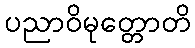
ပညာဝိမုတ္တောတိ